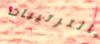
بالترتيبات